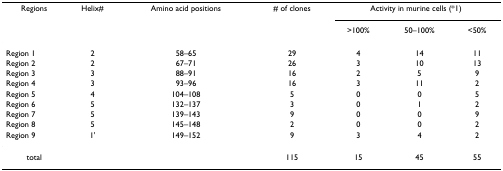
<table><thead><tr><td><b>Regions</b></td><td><b>Helix#</b></td><td><b>Amino acid positions</b></td><td><b># of clones</b></td><td colspan="3"><b>Activity in murine cells (*1)</b></td></tr><tr><td></td><td></td><td></td><td></td><td><b>&gt;100%</b></td><td><b>50–100%</b></td><td><b>&lt;50%</b></td></tr></thead><tbody><tr><td>Region 1</td><td>2</td><td>58–65</td><td>29</td><td>4</td><td>14</td><td>11</td></tr><tr><td>Region 2</td><td>2</td><td>67–71</td><td>26</td><td>3</td><td>10</td><td>13</td></tr><tr><td>Region 3</td><td>3</td><td>88–91</td><td>16</td><td>2</td><td>5</td><td>9</td></tr><tr><td>Region 4</td><td>3</td><td>93–96</td><td>16</td><td>3</td><td>11</td><td>2</td></tr><tr><td>Region 5</td><td>4</td><td>104–108</td><td>5</td><td>0</td><td>0</td><td>5</td></tr><tr><td>Region 6</td><td>5</td><td>132–137</td><td>3</td><td>0</td><td>1</td><td>2</td></tr><tr><td>Region 7</td><td>5</td><td>139–143</td><td>9</td><td>0</td><td>0</td><td>9</td></tr><tr><td>Region 8</td><td>5</td><td>145–148</td><td>2</td><td>0</td><td>0</td><td>2</td></tr><tr><td>Region 9</td><td>1&#x27;</td><td>149–152</td><td>9</td><td>3</td><td>4</td><td>2</td></tr><tr><td>total</td><td></td><td></td><td>115</td><td>15</td><td>45</td><td>55</td></tr></tbody></table>